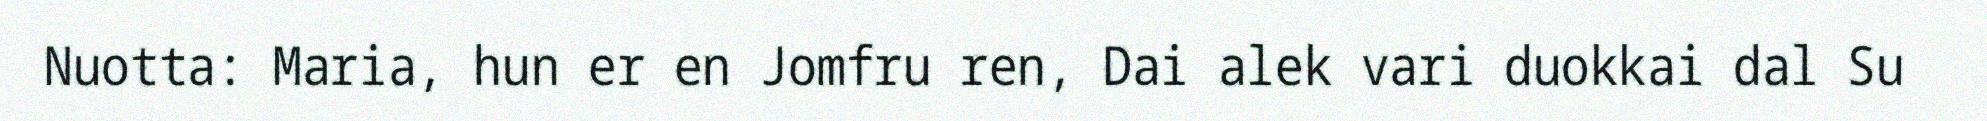
Nuotta: Maria, hun er en Jomfru ren, Dai alek vari duokkai dal Su